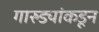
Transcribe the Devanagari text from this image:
गारुड्यांकडून